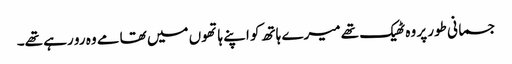
جسمانی طور پر وہ ٹھیک تھے میرے ہاتھ کو اپنے ہاتھوں میں تھامے وہ رو رہے تھے۔